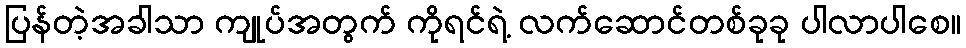
ပြန်တဲ့အခါသာ ကျုပ်အတွက် ကိုရင်ရဲ့ လက်ဆောင်တစ်ခုခု ပါလာပါစေ။